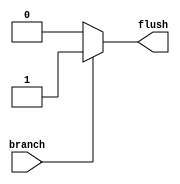
module pipeline_flush
  (
    input branch,
    output reg flush
  );
  
  initial
    begin
      flush = 1'b0;
    end
  
  always @(*)
    begin
      if (branch == 1'b1)
        flush = 1'b1;
      else
        flush = 1'b0;
    end
  
endmodule